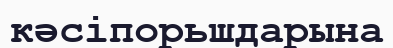
кәсіпорьшдарына